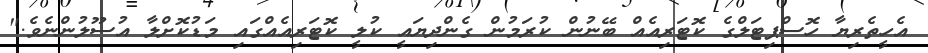
އެހީތެރިޔާ ހޮސްޕިޓަލްގެ ކޮޓަރިއެއް ބޭނުން ކުރަމުން ގެންދިޔައީ ކުލީ ކޮޓަރިއެއްގައި މަޑުކޮށްލާ އުސޫލުންނެވެ."